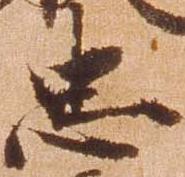
忠